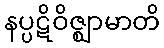
နပ္ပဋိဝိဇ္ဈာမာတိ